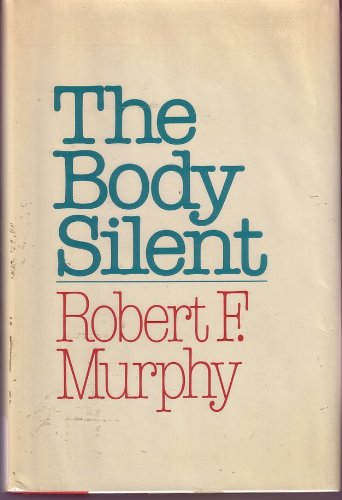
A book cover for The Body Silent; Robert F. Murphy; Health, Fitness & Dieting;